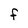
Character: F